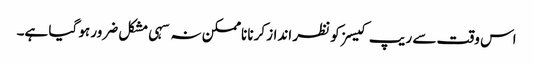
اس وقت سے ریپ کیسز کو نظر انداز کرنا ناممکن نہ سہی مشکل ضرور ہو گیا ہے۔